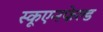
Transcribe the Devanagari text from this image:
स्कूएनफेल्ड